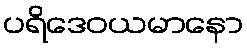
ပရိဒေဝယမာနော